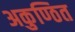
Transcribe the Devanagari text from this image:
अकुण्ठित